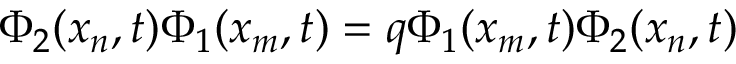
\Phi _ { 2 } ( x _ { n } , t ) \Phi _ { 1 } ( x _ { m } , t ) = q \Phi _ { 1 } ( x _ { m } , t ) \Phi _ { 2 } ( x _ { n } , t )